Document type: Sale
Year: 1326
Scribe: Bartomeu Marc
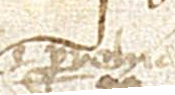
et parrochia